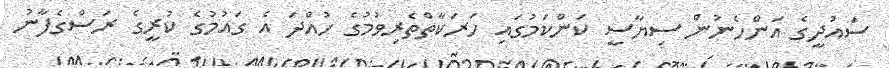
ސައުދީގެ އަންހެނުން ސިޔާސީ ކަންކަމުގައި ހަރަކާތްތެރިވުމުގެ ހުއްދަ އެ ގައުމުގެ ކުރީގެ ރަސްގެފާނު